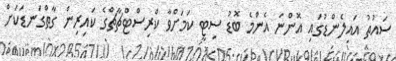
ސައުތު އައިލެންޑުގައި އޮންނަ އެންމެ ބޮޑު ސިޓީ ކަމަށްވާ ކްރިސްޓްޗާޗްގެ ކައިރިން ގާތްގަނޑަކަށް